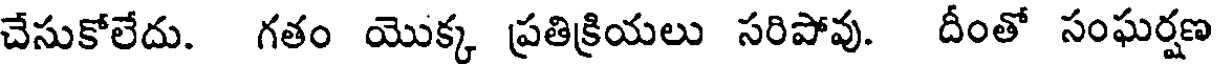
చేసుకోలేదు. గతం యొక్క ప్రతిక్రియలు సరిపోవు. దీంతో సంఘర్షణ